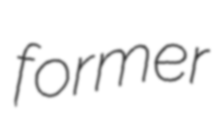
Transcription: former